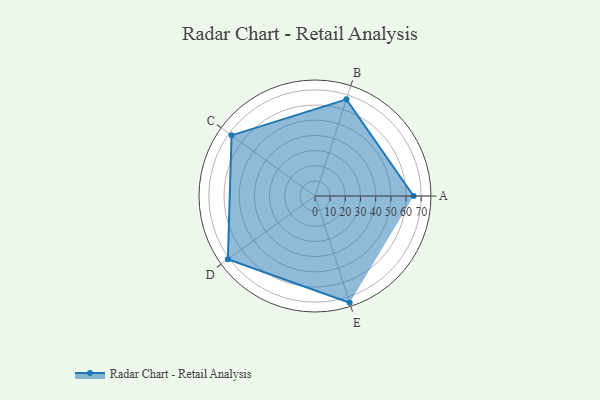
{"axis": {"x": "Skill", "y": "Score"}, "legend": ["Profile"], "data": [{"x": "A", "y": 65.0, "type": "Profile"}, {"x": "B", "y": 67.0, "type": "Profile"}, {"x": "C", "y": 68.0, "type": "Profile"}, {"x": "D", "y": 71.0, "type": "Profile"}, {"x": "E", "y": 74.0, "type": "Profile"}]}